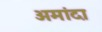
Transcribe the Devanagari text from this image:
अमांदा